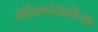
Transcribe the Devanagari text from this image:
लेखिकांसाठीच्या